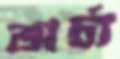
অর্চ্য